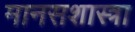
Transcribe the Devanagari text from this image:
मानसशास्त्रा